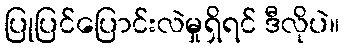
ပြုပြင်ပြောင်းလဲမှုရှိရင် ဒီလိုပဲ။